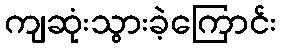
ကျဆုံးသွားခဲ့ကြောင်း